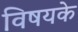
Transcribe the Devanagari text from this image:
विषयके